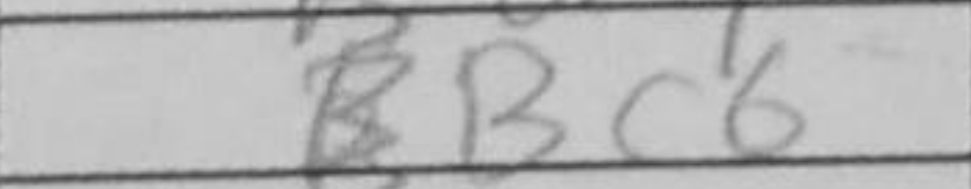
Transcription: Bc6